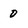
Character: 0